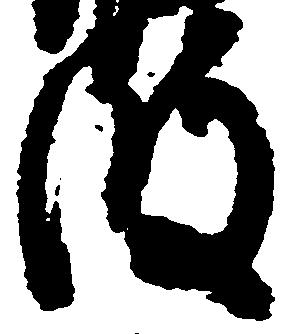
波